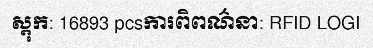
ស្តុក: 16893 pcsការពិពណ៌នា: RFID LOGI